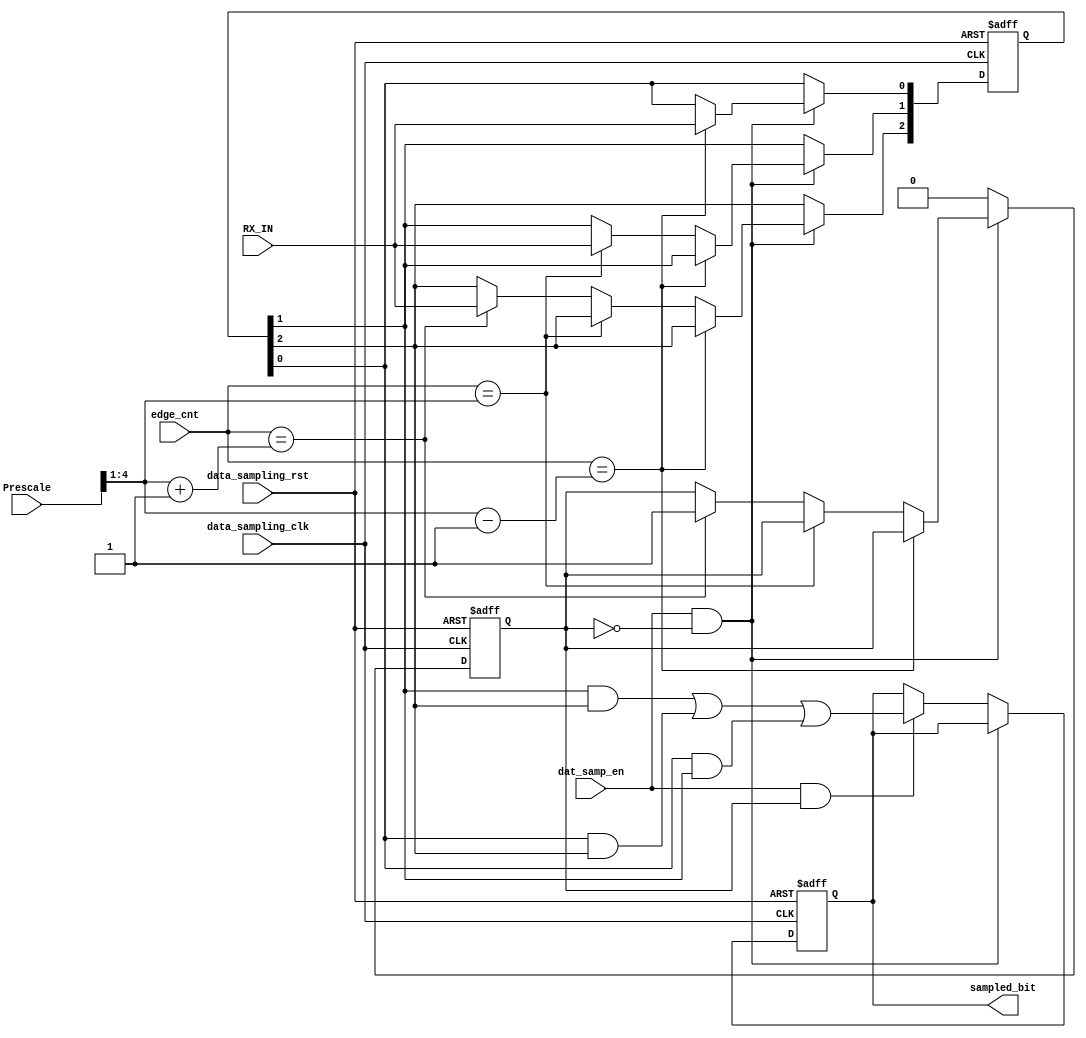
module data_sampling (
    input   wire            data_sampling_clk,
    input   wire            data_sampling_rst,
    input   wire            RX_IN,
    input   wire            dat_samp_en,
    input   wire    [4:0]   edge_cnt,
    input   wire    [4:0]   Prescale, //8 or 16 or 32
    output  reg             sampled_bit
);

wire    [3:0]       middle_sample;  //calculate the middle sample for each prescale 8->4, 16->8, 32->16
reg     [2:0]       samples_reg;    //save the 3 samples of the recieved bits
reg                 sampling_done;  //flag to start calculating the majority


assign middle_sample = (Prescale >> 1);

always @(posedge data_sampling_clk or negedge data_sampling_rst) 
begin
    if(!data_sampling_rst)
        begin
            samples_reg     <= 'b0;
            sampling_done   <= 'b0;
            sampled_bit     <= 'b0;        
        end
    else if(dat_samp_en && !sampling_done)
        begin
            if(edge_cnt == middle_sample - 1'b1) // 1st sample
                begin
                    samples_reg[0] <= RX_IN;
                end
            else if (edge_cnt == middle_sample) // 2nd sample
                begin
                    samples_reg[1] <= RX_IN;
                end
            else if(edge_cnt == middle_sample + 1'b1) // 3rd sample
                begin
                    samples_reg[2] <= RX_IN;
                    sampling_done <= 1'b1;
                end
        end
    else if(dat_samp_en && sampling_done)
        begin
            // using k-map
            sampled_bit <= (samples_reg[1]&samples_reg[2]) | (samples_reg[0]&samples_reg[2]) | (samples_reg[0]&samples_reg[1]);
            sampling_done <= 'b0;
        end
    else
        begin
            sampling_done <= 'b0;
        end


end





endmodule